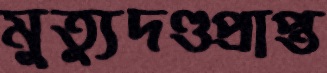
মুত্যুদণ্ডপ্রাপ্ত